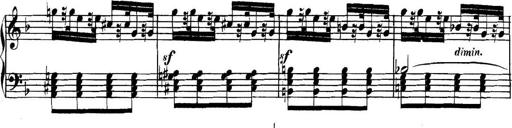
Title: Collected Piano Sonatas
Composer: Muzio Clementi